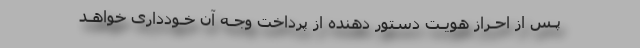
پـس از احـراز هویـت دستور دهنده از پرداخت وجـه آن خـودداری خواهـد